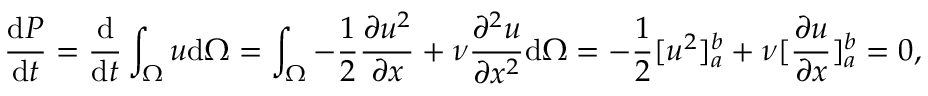
\frac { \mathrm { d } P } { \mathrm { d } t } = \frac { \mathrm { d } } { \mathrm { d } t } \int _ { \Omega } u \mathrm { d } \Omega = \int _ { \Omega } - \frac { 1 } { 2 } \frac { \partial u ^ { 2 } } { \partial x } + \nu \frac { \partial ^ { 2 } u } { \partial x ^ { 2 } } \mathrm { d } \Omega = - \frac { 1 } { 2 } [ u ^ { 2 } ] _ { a } ^ { b } + \nu [ \frac { \partial u } { \partial x } ] _ { a } ^ { b } = 0 ,